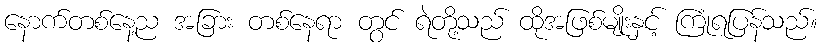
နောက်တစ်နေ့ည အခြား တစ်နေရာ တွင် ရဲတို့သည် ထိုအဖြစ်မျိုးနှင့် ကြုံရပြန်သည်။